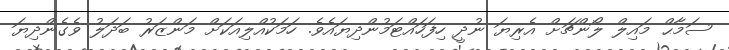
ސަމާޙް މައިލް ލޯންޗަށް އެރިޔަ ނުދީ ހިފަހައްޓަމުންދިޔައެވެ. ހަމަކުއްލިއަކަށް މަންޒަރު ބަދަލު ވެގެންދިޔަ